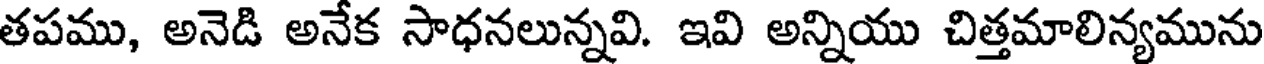
తపము, అనెడి అనేక సాధనలున్నవి. ఇవి అన్నియు చిత్తమాలిన్యమును